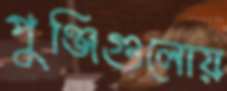
পুঞ্জিগুলোয়